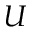
U